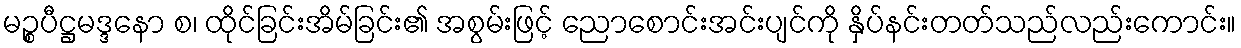
မဉ္စပီဋ္ဌမဒ္ဒနော စ၊ ထိုင်ခြင်းအိမ်ခြင်း၏ အစွမ်းဖြင့် ညောစောင်းအင်းပျင်ကို နှိပ်နင်းတတ်သည်လည်းကောင်း။